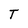
Character: T